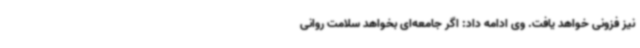
نیز فزونی خواهد یافت. وی ادامه داد: اگر جامعه‌ای بخواهد سلامت روانی